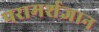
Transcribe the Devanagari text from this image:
परामर्शज्ञान